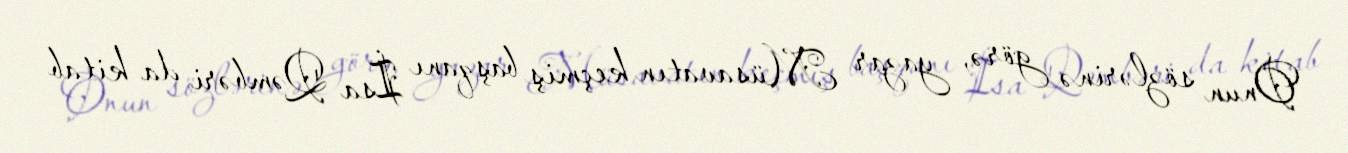
Onun sözlərinə görə, yazar Müsavatın keçmiş başqanı İsa Qəmbəri da kitab